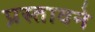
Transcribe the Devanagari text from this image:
प्रस्तावने